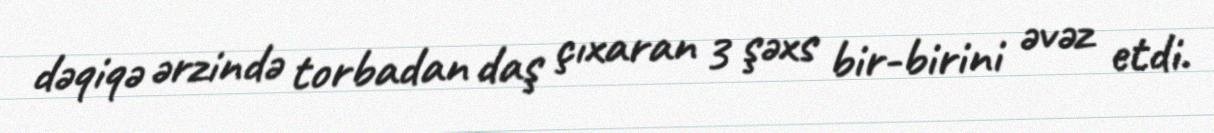
dəqiqə ərzində torbadan daş çıxaran 3 şəxs bir-birini əvəz etdi.